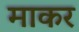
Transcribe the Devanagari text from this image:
माकर